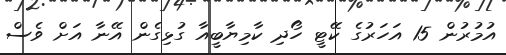
އުމުރުން 15 އަހަރުގެ ކޭޓީ ހޯދި ކާމިޔާބީއާ ގުޅިގެން އޭނާ އަށް ވެސް